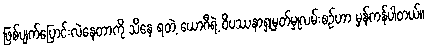
ဖြစ်ပျက်ပြောင်းလဲနေတာကို သိနေ ရတဲ့ ယောဂီရဲ့ ဝိပဿနာရှုမှတ်မှုလမ်းစဉ်ဟာ မှန်ကန်ပါတယ်။